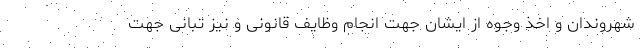
شهروندان و اخذ وجوه از ایشان جهت انجام وظایف قانونی و نیز تبانی جهت